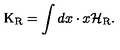
\mathrm { K } _ { \mathrm { R } } = \int d x \cdot x { \cal H } _ { \mathrm { R } } .